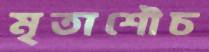
মৃতাশৌচ